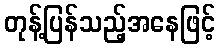
တုန့်ပြန်သည့်အနေဖြင့်